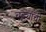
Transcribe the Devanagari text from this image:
चट्ट्यांची